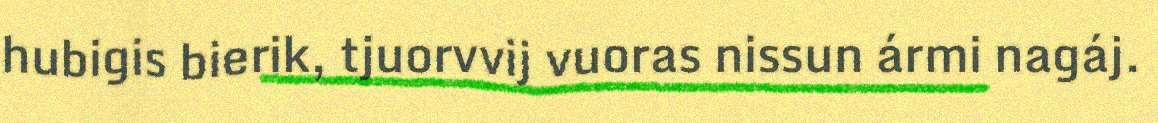
hubigis bierik, tjuorvvij vuoras nissun ármi nagáj.